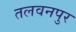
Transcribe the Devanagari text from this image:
तलवनपुर